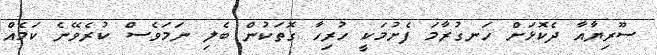
ސޫރިޔާއާ ދެކޮޅަށް ހަނގުރާމަ ފެށުމަކީ ހުރިހާ ގޮތަކުން ބެލި ނަމަވެސް ކުރެވޭނެ ކަމެއް